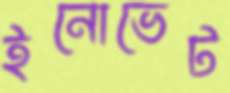
ইনোভেট